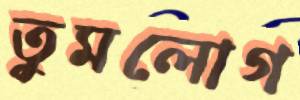
তুমলোগ